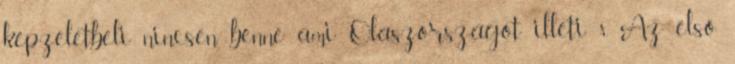
képzeletbeli nincsen benne ami Olaszországot illeti 8. Az első